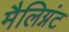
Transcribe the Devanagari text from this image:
मैलिग्नंट